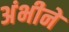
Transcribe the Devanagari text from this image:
अंभीने